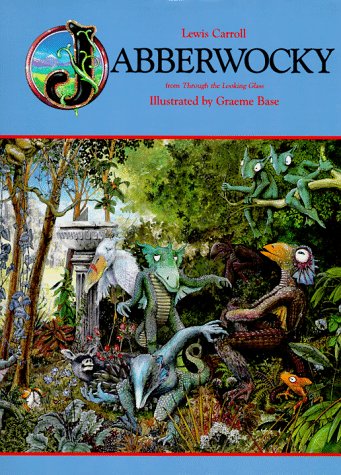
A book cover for Jabberwocky; Lewis Carroll; Humor & Entertainment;